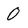
Character: 0